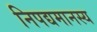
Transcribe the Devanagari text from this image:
निपद्यमानस्य